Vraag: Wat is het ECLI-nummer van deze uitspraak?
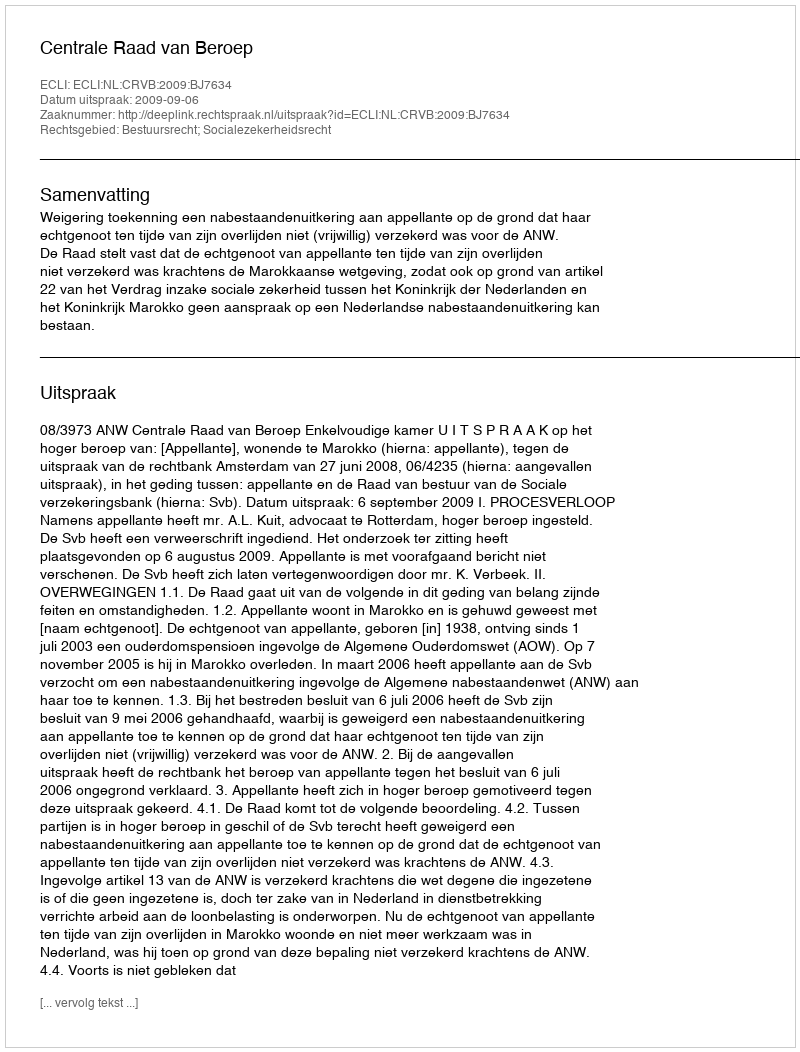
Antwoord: ECLI:NL:CRVB:2009:BJ7634